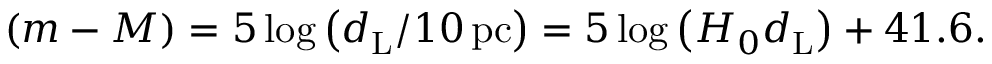
\left( m - M \right) = 5 \log \left( d _ { \mathrm { L } } / 1 0 \, \mathrm { p c } \right) = 5 \log \left( H _ { 0 } d _ { \mathrm { L } } \right) + 4 1 . 6 .